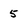
Character: 5